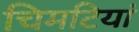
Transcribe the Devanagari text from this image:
चिमटियां